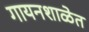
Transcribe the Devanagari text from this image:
गायनशाळेत